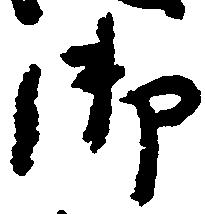
御